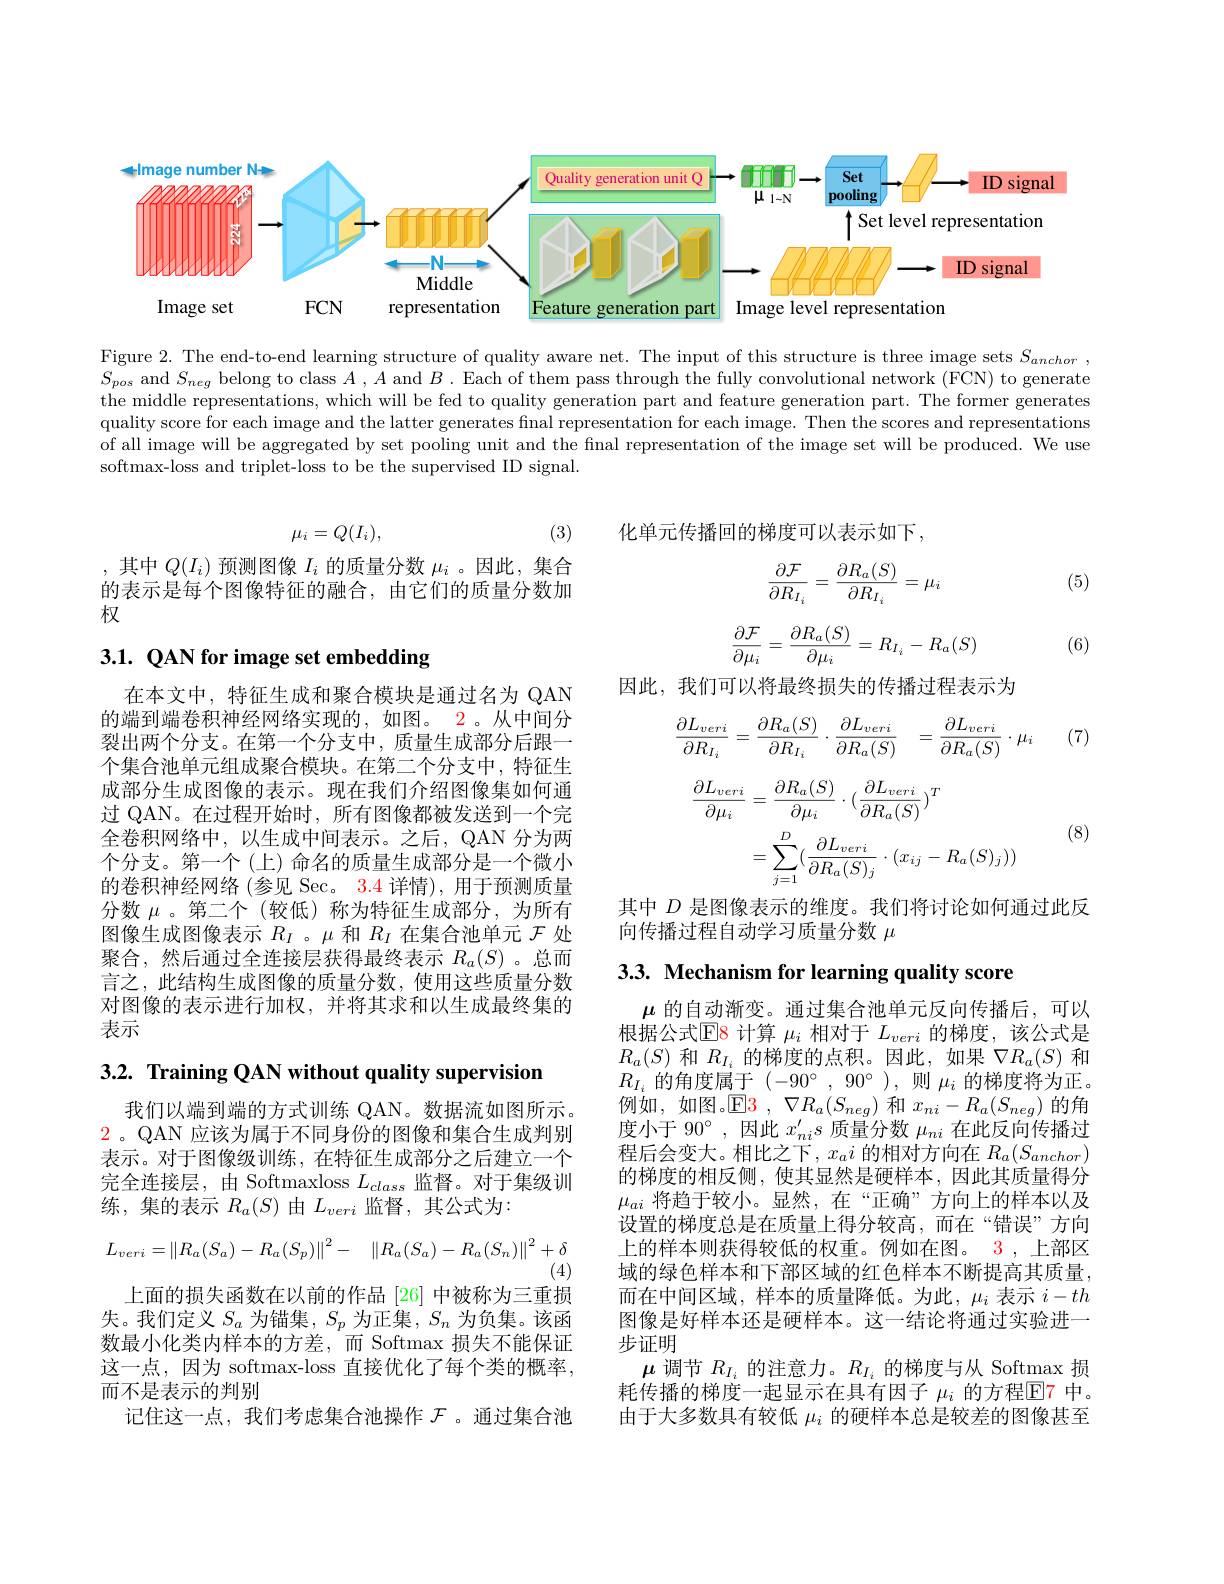
<FigureHere>

Figure 2. The end-to-end learning structure of quality aware net. The input of this structure is three image sets $S_anchor$ $S_{pos}$ and $S_neg$ belong to class $A$ , $A$ and $B$ . Each of them pass through the fully convolutional network (FCN) to generate the middle representations, which will be fed to quality generation part and feature generation part. The former generates quality score for each image and the latter generates final representation for each image. Then the scores and representations of all image will be aggregated by set pooling unit and the final representation of the image set will be produced. We use softmax-loss and triplet-loss to be the supervised ID signal.

(3)
$$\mu_i=Q(I_i),$$
,其中$Q(I_i)$预测图像$I_i$的质量分数$\mu_i$ 。因此，集合的表示是每个图像特征的融合，由它们的质量分数加权

## $3. 1. \textbf{ QAN for image set embedding}$

在本文中，特征生成和聚合模块是通过名为 QAN 的端到端卷积神经网络实现的，如图。2。从中间分裂出两个分支。在第一个分支中，质量生成部分后跟一个集合池单元组成聚合模块。在第二个分支中，特征生成部分生成图像的表示。现在我们介绍图像集如何通过 QAN。在过程开始时，所有图像都被发送到一个完全卷积网络中，以生成中间表示。之后，QAN 分为两个分支。第一个(上)命名的质量生成部分是一个微小的卷积神经网络(参见 Sec。3.4 详情),用于预测质量分数$\mu$。第二个(较低)称为特征生成部分，为所有图像生成图像表示$R_I$ 。$\mu$和$R_I$在集合池单元$\mathcal{F}$处聚合，然后通过全连接层获得最终表示$R_a(S)$ 。总而言之，此结构生成图像的质量分数，使用这些质量分数对图像的表示进行加权，并将其求和以生成最终集的表示

3.2. Training QAN without quality supervision

我们以端到端的方式训练 QAN。数据流如图所示$\color{red}2$。QAN 应该为属于不同身份的图像和集合生成判别表示。对于图像级训练，在特征生成部分之后建立一个完全连接层，由 Softmaxloss $L_{class}$监督。对于集级训练，集的表示$R_a(S)$由$L_veri$监督，其公式为：
$$L_{veri}=\left\|R_{a}(S_{a})-R_{a}(S_{p})\right\|^{2}-\quad\left\|R_{a}(S_{a})-R_{a}(S_{n})\right\|^{2}+\delta $$
(4)
上面的损失函数在以前的作品[26]中被称为三重损失。我们定义$S_a$为锚集，$S_p$为正集$,S_n$为负集。该函数最小化类内样本的方差，而 Softmax 损失不能保证这一点，因为 softmax-loss 直接优化了每个类的概率， 而不是表示的判别
记住这一点，我们考虑集合池操作$\mathcal{F}$ 。通过集合池

化单元传播回的梯度可以表示如下，

(5)
$$\begin{aligned}\frac{\partial\mathcal{F}}{\partial R_{I_i}}=\frac{\partial R_a(S)}{\partial R_{I_i}}=\mu_i\end{aligned}$$
$$\frac{\partial\mathcal{F}}{\partial\mu_i}=\frac{\partial R_a(S)}{\partial\mu_i}=R_{I_i}-R_a(S)$$
(6)

因此，我们可以将最终损失的传播过程表示为

(7)
$$\frac{\partial L_{veri}}{\partial R_{I_i}}=\frac{\partial R_a(S)}{\partial R_{I_i}}\cdot\frac{\partial L_{veri}}{\partial R_a(S)}\quad=\frac{\partial L_{veri}}{\partial R_a(S)}\cdot\mu_i$$
$$\begin{aligned}\frac{\partial L_{veri}}{\partial\mu_{i}}&=\frac{\partial R_{a}(S)}{\partial\mu_{i}}\cdot(\frac{\partial L_{veri}}{\partial R_{a}(S)})^{T}\\&=\sum_{j=1}^{D}(\frac{\partial L_{veri}}{\partial R_{a}(S)_{j}}\cdot(x_{ij}-R_{a}(S)_{j}))\end{aligned}$$
(8)

其中$D$是图像表示的维度。我们将讨论如何通过此反
向传播过程自动学习质量分数$\mu$

3.3. Mechanism for learning quality score

$\mu$的自动渐变。通过集合池单元反向传播后，可以根据公式$\overline{\mathrm{E8}}$计算$\mu_i$相对于$L_veri$的梯度，该公式是$R_{a}(S)$和$R_I_{i}$的梯度的点积。因此，如果$\nabla R_a(S)$和$R_{I_i}$的角度属于$(-90^\circ,90^\circ)$,则$\mu_i$的梯度将为正。例如，如图。$\mathsf{E}$3 , $\nabla R_a(S_{neg})$和$x_ni-R_a(S_{neg})$的角度小于 90°, 因此$x_ni^{\prime}s$质量分数$\mu_{ni}$在此反向传播过程后会变大。相比之下，$x_ai$的相对方向在$R_a(S_{anchor})$ 的梯度的相反侧，使其显然是硬样本，因此其质量得分$\mu_{ai}$将趋于较小。显然，在“正确”方向上的样本以及设置的梯度总是在质量上得分较高，而在“错误”方向上的样本则获得较低的权重。例如在图。3 ,上部区域的绿色样本和下部区域的红色样本不断提高其质量， 而在中间区域，样本的质量降低。为此，$\mu_i$表示$i-th$ 图像是好样本还是硬样本。这一结论将通过实验进一步证明
$\mu$调节$R_I_i$的注意力。$R_I_i$的梯度与从 Softmax 损耗传播的梯度一起显示在具有因子 $\mu_i$ 的方程$\mathbb{E}$7 中。由于大多数具有较低$\mu_i$的硬样本总是较差的图像甚至